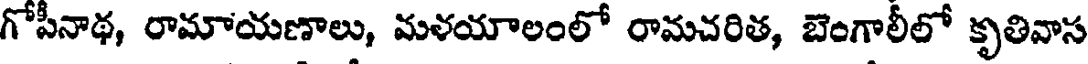
గోపీనాథ, రామాయణాలు, మళయాలంలో రామచరిత, బెంగాలీలో కృతివాస